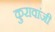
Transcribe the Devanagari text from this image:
कुरावांजी